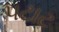
પટાટ